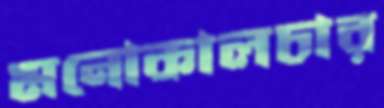
মনোকালচার